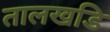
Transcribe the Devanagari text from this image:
तालखडि